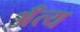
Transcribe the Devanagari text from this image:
अँत्य